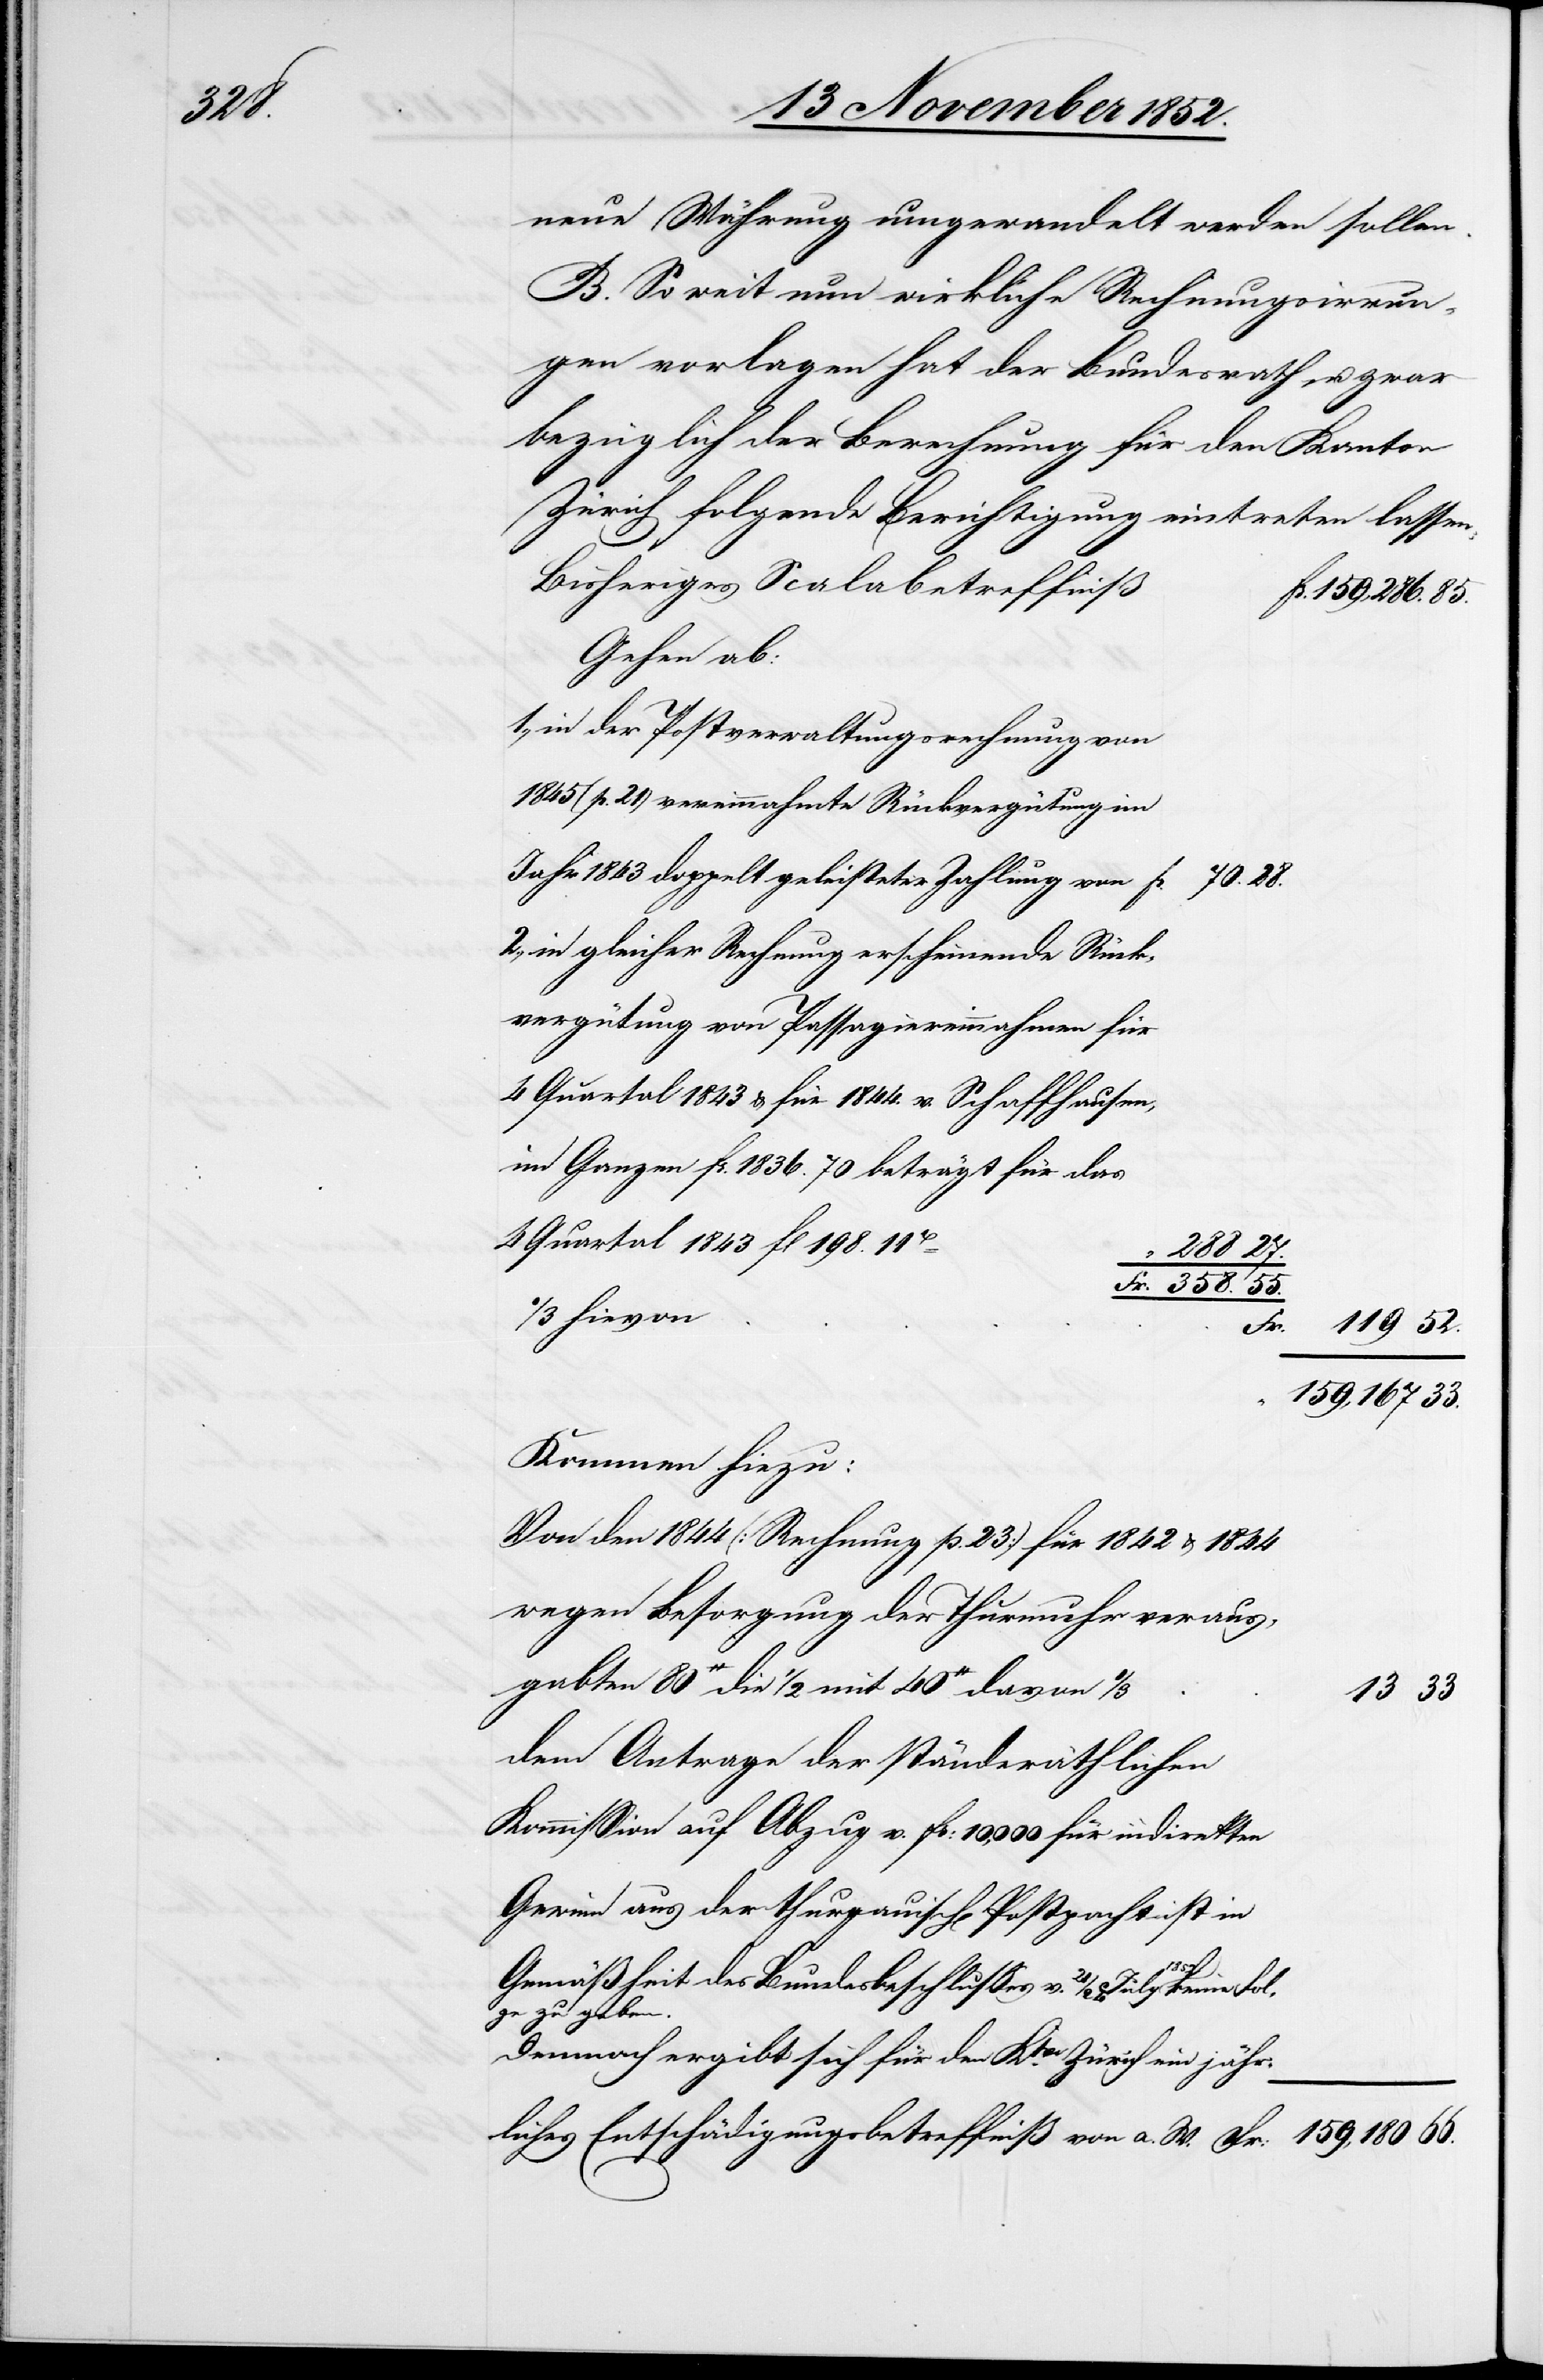
neue Währung umgewandelt werden sollen.
B. So weit nun wirkliche Rechnungsirrun¬
gen vorlagen hat der Bundesrath, u. zwar
bezüglich der Berechnung für den Kanton
Zürich folgende Berichtigung eintreten lassen:
Bisheriges Scalabetreffniß
Fr. 159,286. 85.
Gehen ab:
in der Postverwaltungsrechnung von
1845 (p. 21) vereinnahmte Rückvergütung im
Jahr 1843 doppelt geleisteter Zahlung von
2.,
in gleicher Rechnung erscheinende Rück¬
vergütung von Passagiereinnahmen für
4 Quartal 1843 & für 1844. v. Schaffhausen,
im Ganzen Fr. 1836. 70 beträgt für das
4 Quartal 1843 fl 198. 11H
288 27.
Fr. 358. 55.
1/3 hievon
Fr:
119 52.
159,180 66.
Kommen hiezu:
Von den 1844 (Rechnung p. 23) für 1842 & 1844
wegen Besorgung der Thurmuhr veraus¬
gabten 80H die 1/2 mit 40H davon 1/3
1852
dem Antrage der ständeräthlichen
Kommission auf Abzug v. Fr: 10,000 für indirekten
Gewinn aus der thurgauisch[en] Postpacht ist in
keine
Gemäßheit des Bundesbeschlusses v. 21 / 24 July
lge zu geben.
Demnach ergibt sich für den Ktn. Zürich ein jähr¬
liches Entschädigungsbetreffniß von a. W.